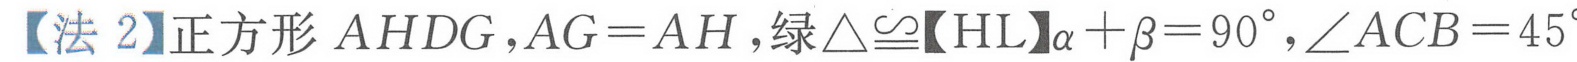
【法 2】正方形\(AHDG\)，\(AG = AH\)，绿\(\triangle\cong\)【HL】\(\alpha+\beta = 90^{\circ}\)，\(\angle ACB = 45^{\circ}\)